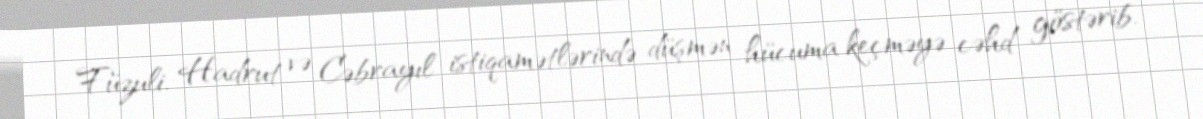
Füzuli, Hadrut və Cəbrayıl istiqamətlərində düşmən hücuma keçməyə cəhd göstərib.